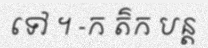
ទៅ ។ -ក ត៌ក បន្ត